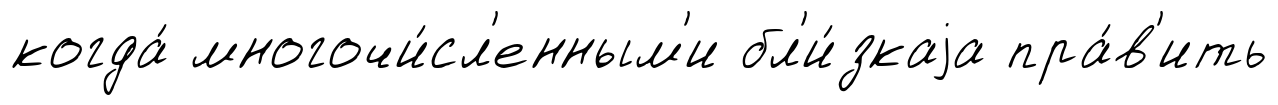
когда́ многочи́сл'енным'и бл'и́зкаjа пра́в'ить